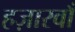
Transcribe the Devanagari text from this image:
हज़ारवाँ